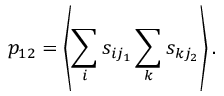
p _ { 1 2 } = \left< \sum _ { i } s _ { i j _ { 1 } } \sum _ { k } s _ { k j _ { 2 } } \right> .